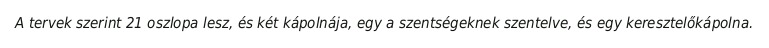
A tervek szerint 21 oszlopa lesz, és két kápolnája, egy a szentségeknek szentelve, és egy keresztelőkápolna.